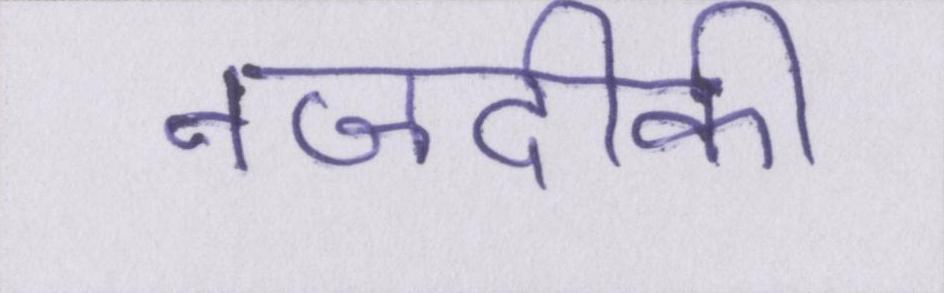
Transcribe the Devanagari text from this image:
नजदीकी